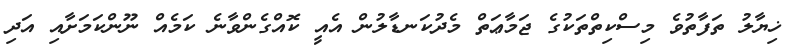
ޚިޔާލު ތަފާތުވެ މިސްކިތްތަކުގެ ޖަމާޢަތް މެދުކަނޑާލުން އެއީ ކޮއްގެންވާނެ ކަމެއް ނޫންކަމަށާއި އަދި